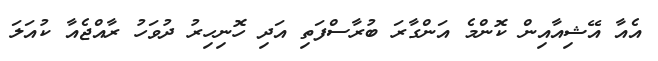
އެއާ އޭޝިއާއިން ކޮންމެ އަންގާރަ ބުރާސްފަތި އަދި ހޮނިހިރު ދުވަހު ރާއްޖެއާ ކުއަލަ